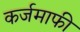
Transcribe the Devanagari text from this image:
कर्जमाफी